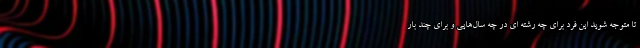
تا متوجه شوید این فرد برای چه رشته ای در چه سال‌هایی و برای چند بار